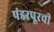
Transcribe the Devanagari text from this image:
पंडरपूरची